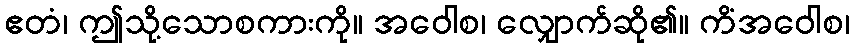
ဧတံ၊ ဤသို့သောစကားကို။ အဝေါစ၊ လျှောက်ဆို၏။ ကိံအဝေါစ၊